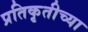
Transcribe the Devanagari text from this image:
प्रतिकृतीच्या